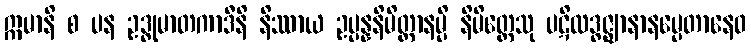
ဣမာနိ စ ပန ဥဒ္ဓုမာတကာဒီနိ နိဿာယ ဥပ္ပန္နနိမိတ္တာနမ္ပိ နိမိတ္တေသု ပဋိလဒ္ဓဇ္ဈာနာနမ္ပေတာနေဝ